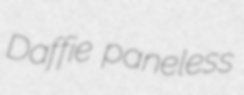
Daffie paneless